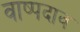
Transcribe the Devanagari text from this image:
वाष्पदाव